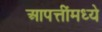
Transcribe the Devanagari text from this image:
आपत्तींमध्ये